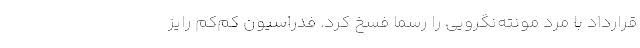
قرارداد با مرد مونته‌نگرویی را رسماً فسخ کرد. فدراسیون کم‌کم رایز